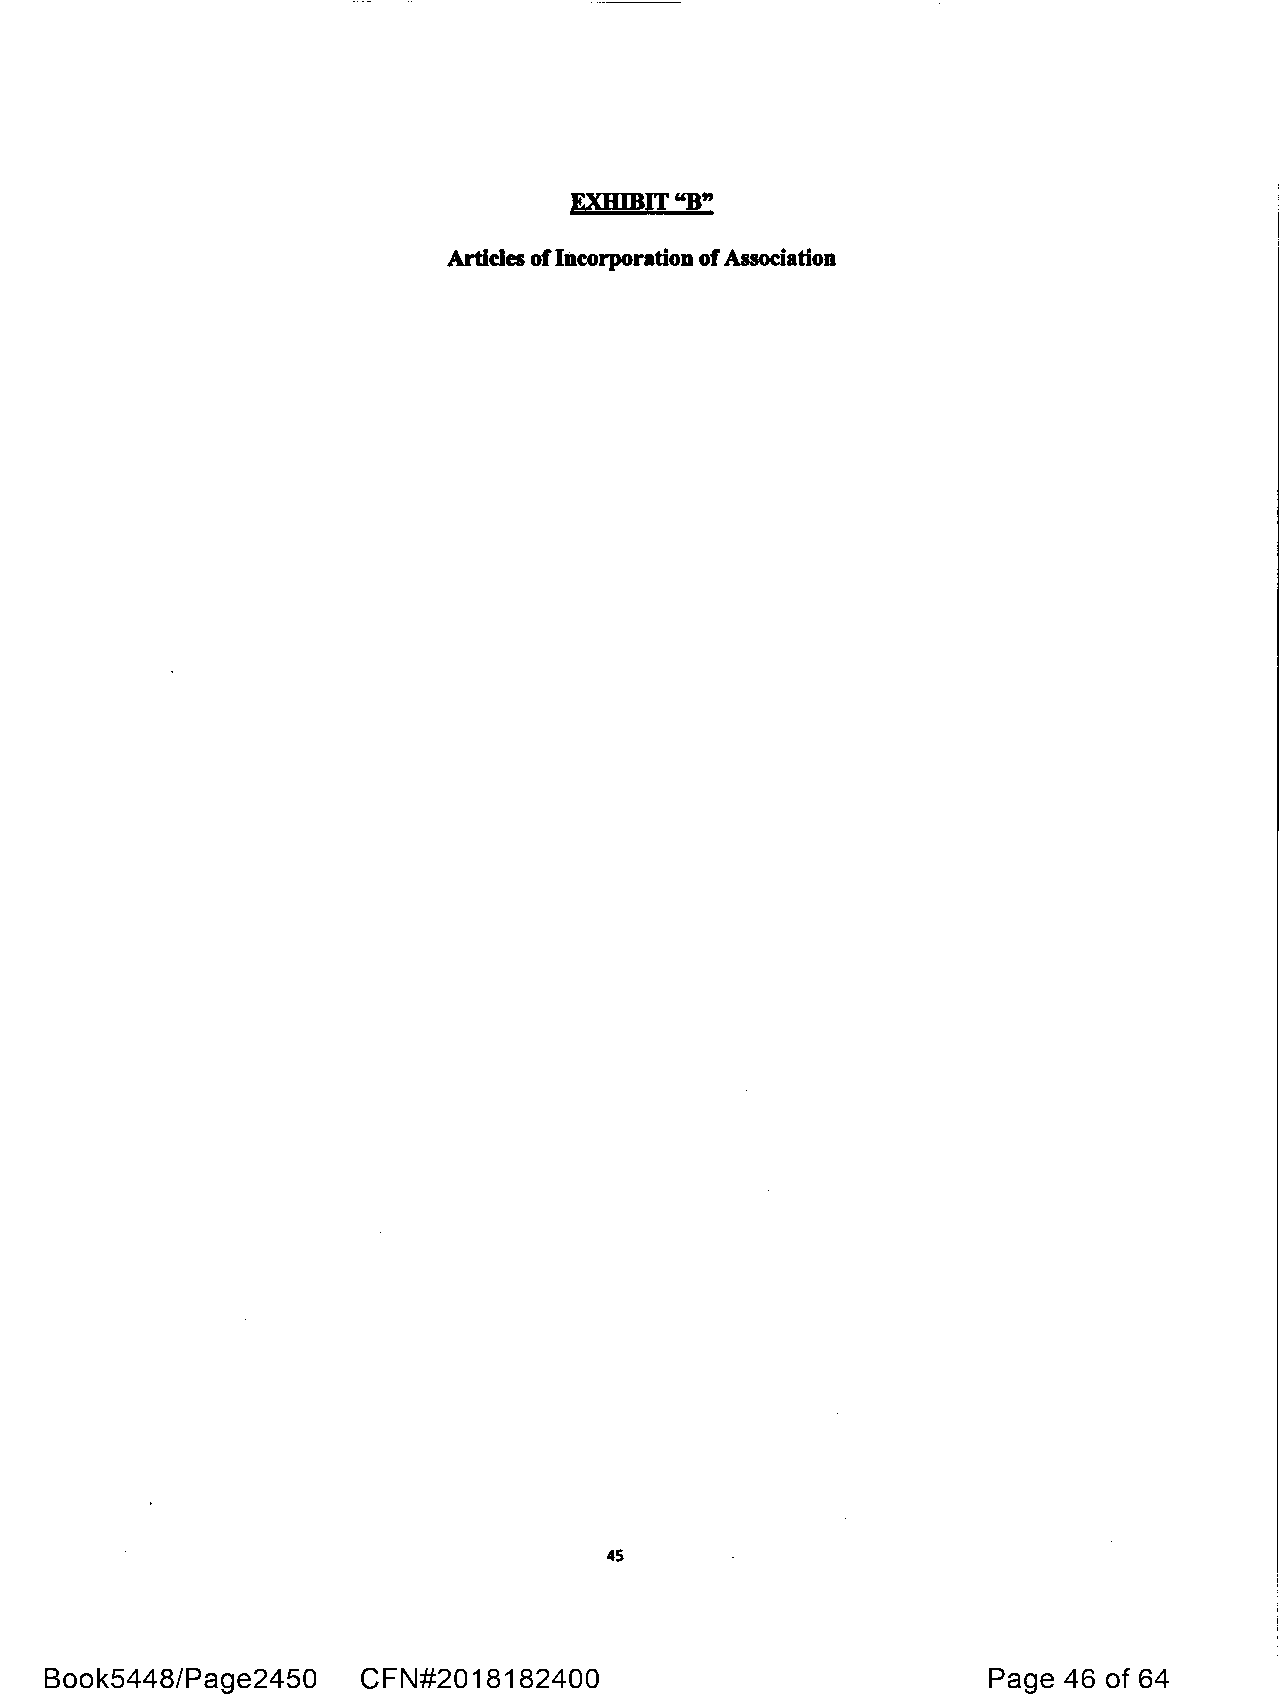
EXHIBIT "B"
 Articles of Incorporation of Association
 45
 Book5448/Page2450    CFN#2018182400                           Page 46 of 64